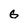
Character: G